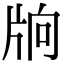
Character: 𤖽